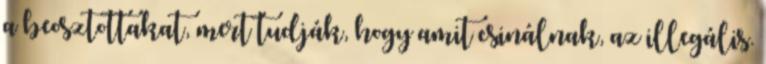
a beosztottakat, mert tudják, hogy amit csinálnak, az illegális.